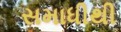
સમાધીથી